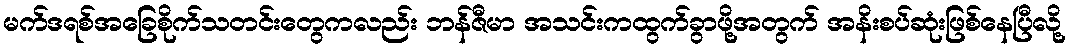
မက်ဒရစ်အခြေစိုက်သတင်းတွေကလည်း ဘန်ဇီမာ အသင်းကထွက်ခွာဖို့အတွက် အနိးစပ်ဆုံးဖြစ်နေပြီလို့